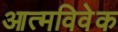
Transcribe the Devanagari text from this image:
आत्मविवेक